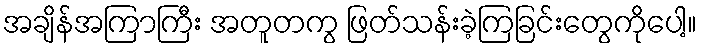
အချိန်အကြာကြီး အတူတကွ ဖြတ်သန်းခဲ့ကြခြင်းတွေကိုပေါ့။